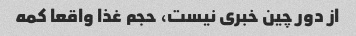
از دور چین خبری نیست، حجم غذا واقعا کمه